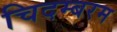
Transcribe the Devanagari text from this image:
चिदम्‍बरम